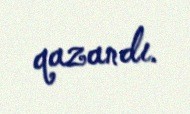
qazandı.